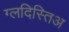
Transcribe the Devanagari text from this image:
ग्लदिस्तिअ